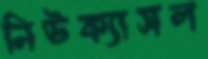
নিউক্যাসল